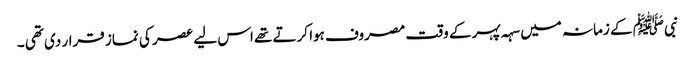
نبیﷺ کے زمانہ میں سہہ پہر کے وقت مصروف ہوا کرتے تھے اس لیے عصر کی نماز قرار دی تھی ۔